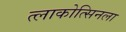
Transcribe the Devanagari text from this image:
त्लाकोत्सिनला